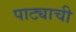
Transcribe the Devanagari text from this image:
पाट्याची